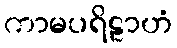
ကာမပရိဠာဟံ